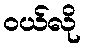
ဝယ်လို